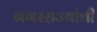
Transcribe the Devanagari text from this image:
नगरराज्यांची